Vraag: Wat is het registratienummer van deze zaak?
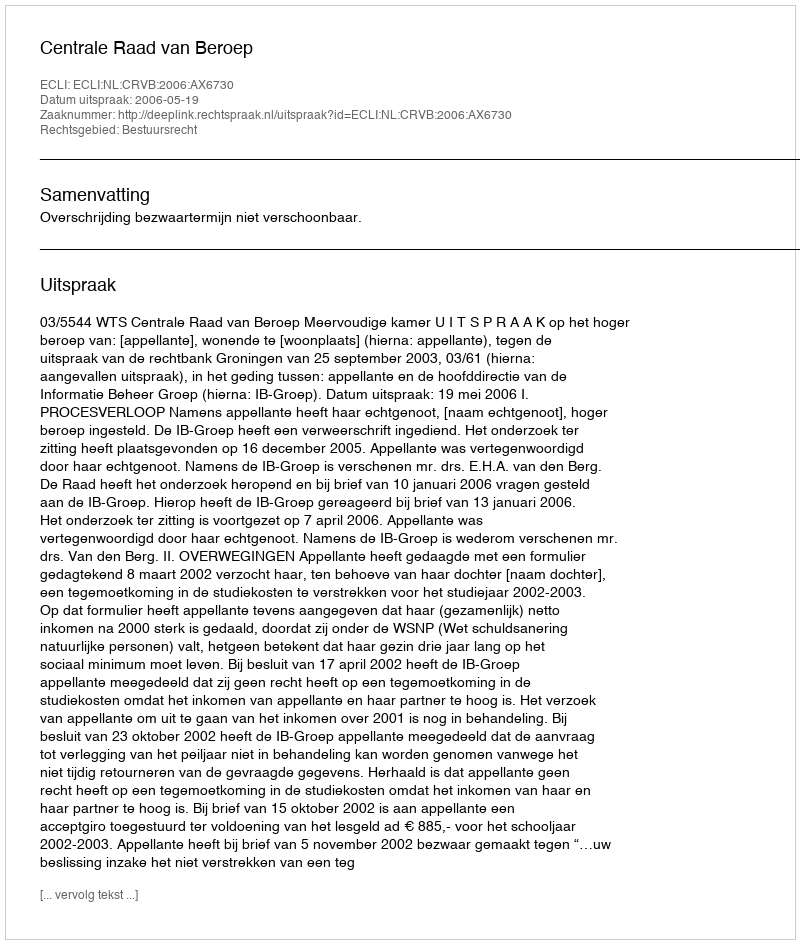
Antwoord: http://deeplink.rechtspraak.nl/uitspraak?id=ECLI:NL:CRVB:2006:AX6730